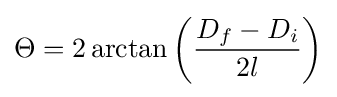
\Theta =2\arctan \left({\frac {D_{f}-D_{i}}{2l}}\right)